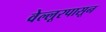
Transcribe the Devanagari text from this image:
वेल्लूरपासून